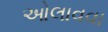
ઓલાવવા